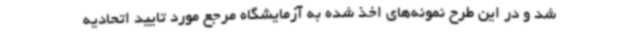
شد و در این طرح نمونه‌های اخذ شده به آزمایشگاه مرجع مورد تایید اتحادیه